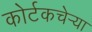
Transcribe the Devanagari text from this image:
कोर्टकचेर्‍या